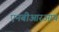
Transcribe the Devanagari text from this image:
एनबीआरआय